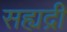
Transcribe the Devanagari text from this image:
सह्यद्री